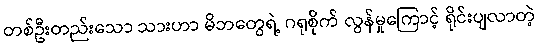
တစ်ဦးတည်းသော သားဟာ မိဘတွေရဲ့ ဂရုစိုက် လွန်မှုကြောင့် ရိုင်းပျလာတဲ့